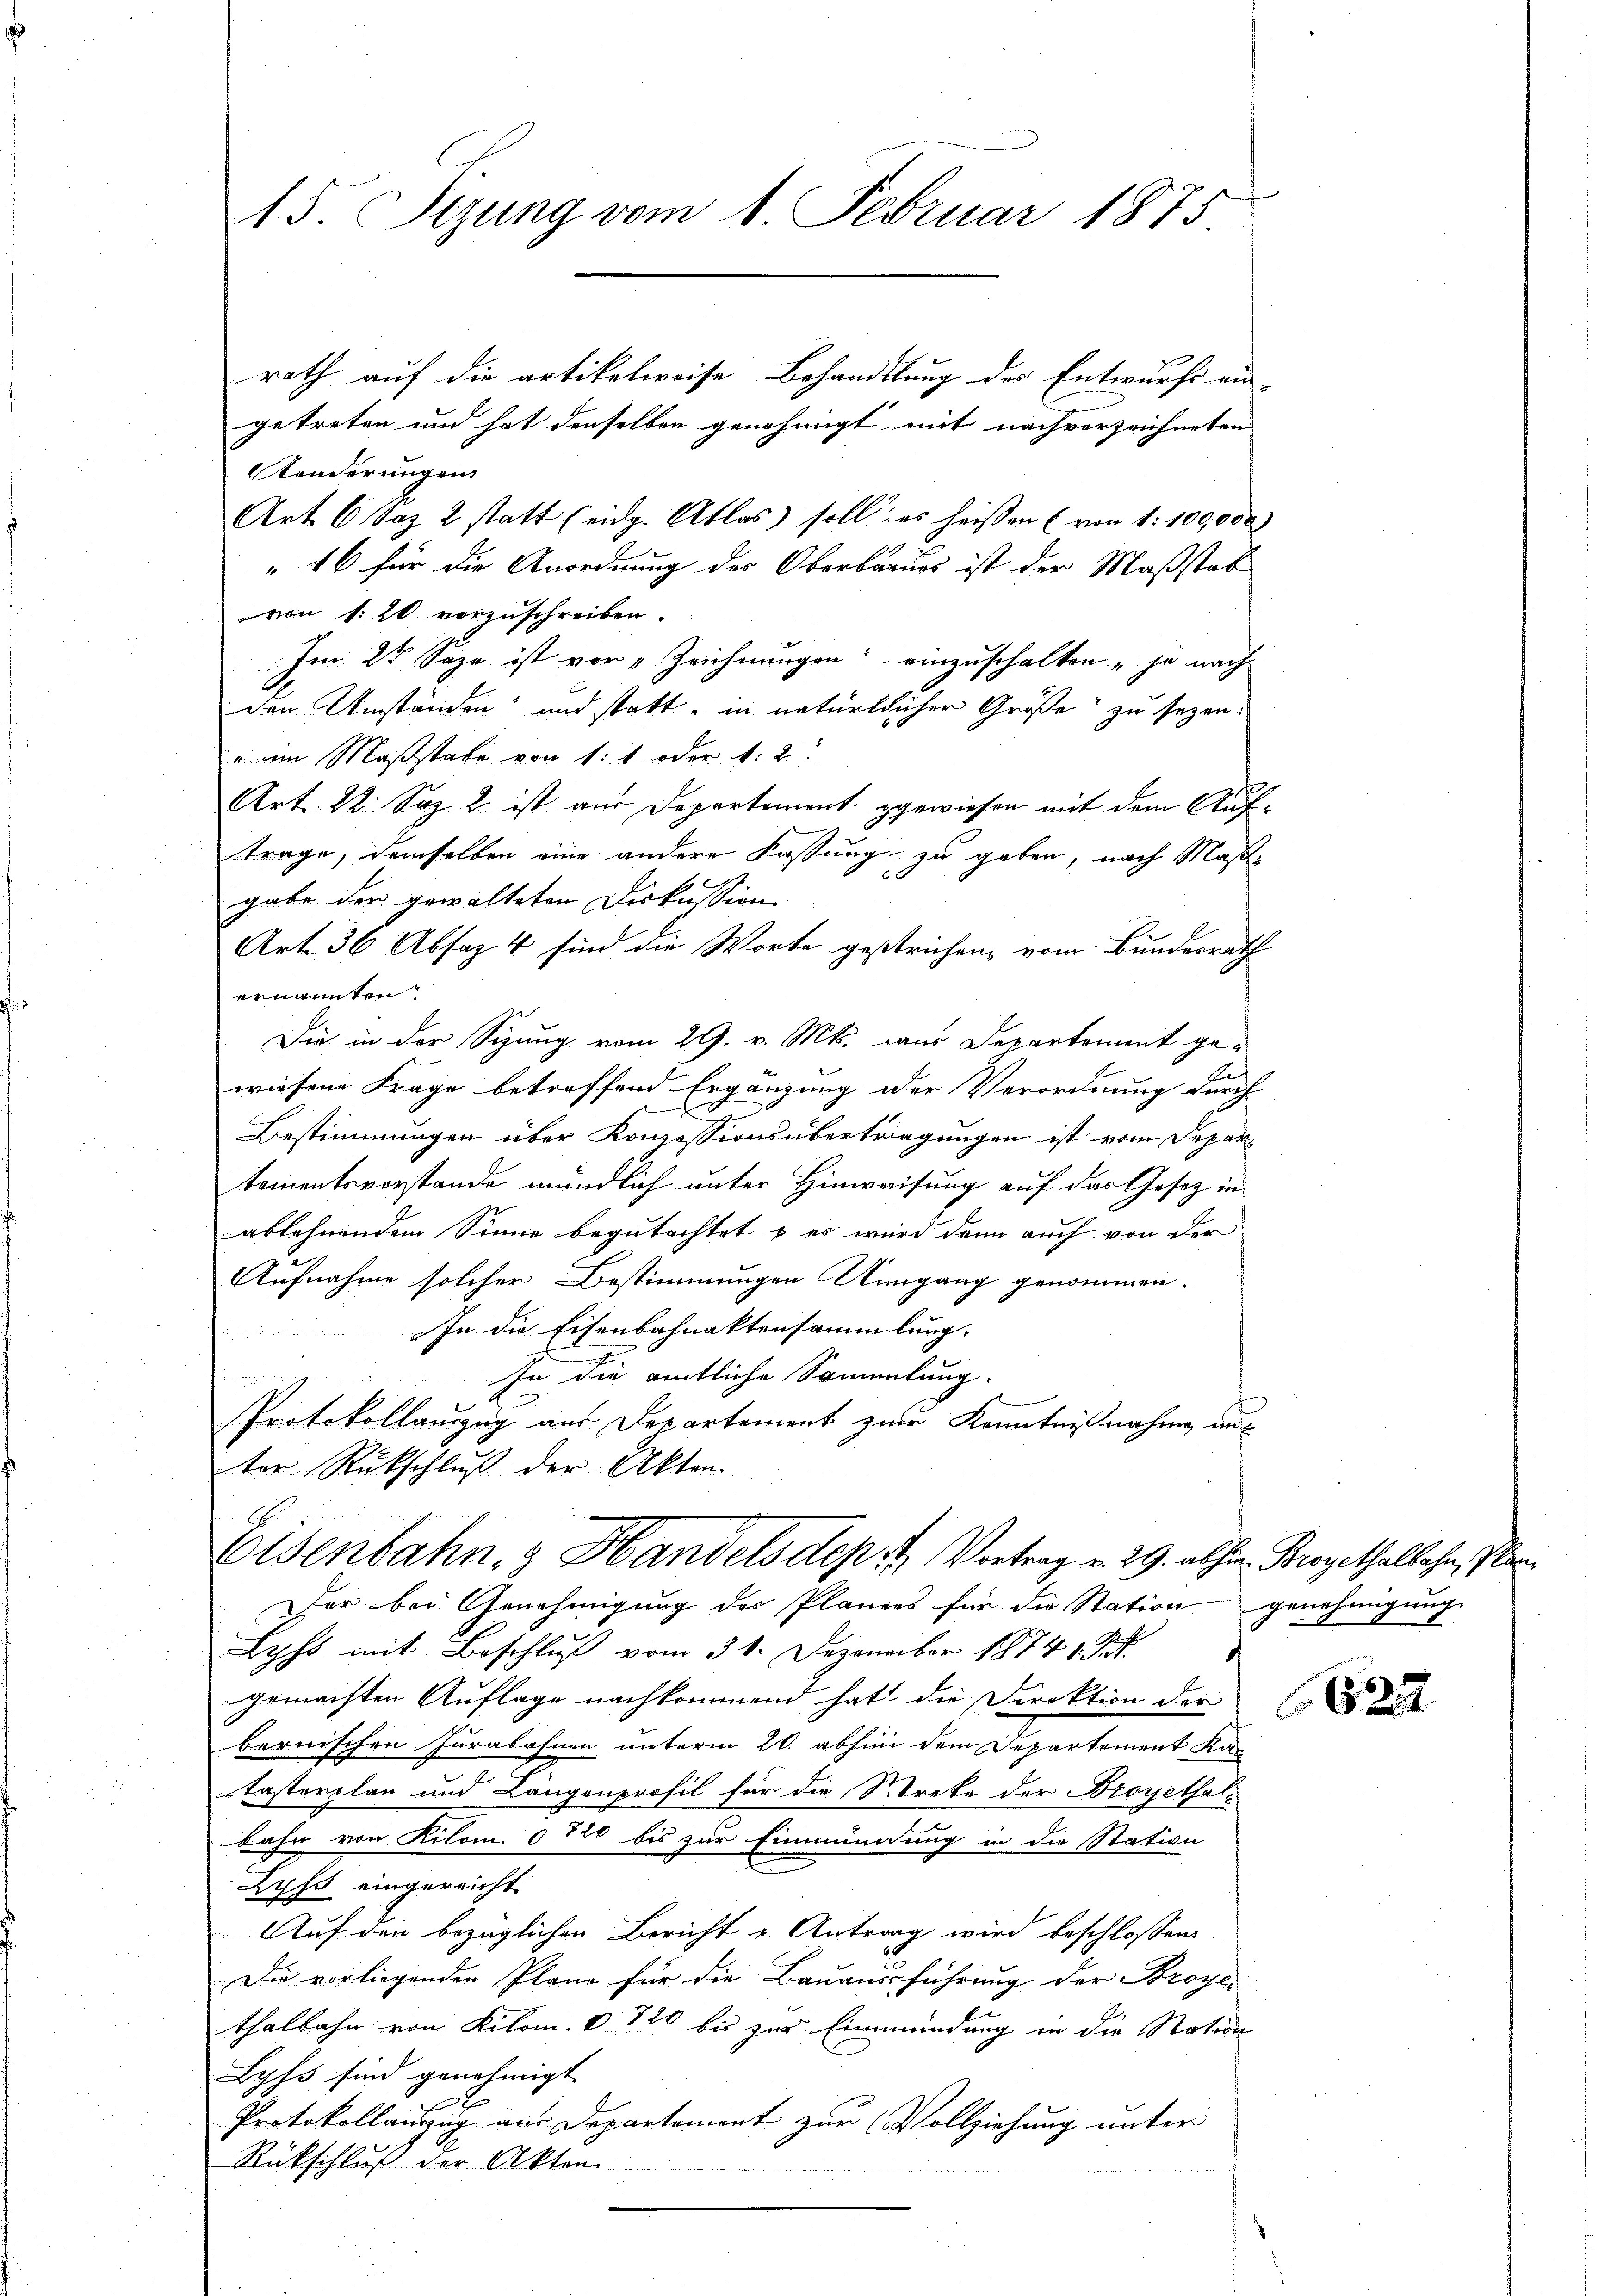
15. Sizung vom 1. Februar 1875.

rath auf die artikelweise Behandlung der Entwurfs ein
getreten und hat denselben genehmigt mit nachverzeichneten
Aenderungen
Art 6 Saz 2 statt (eidg. Atlas soll des heissen (von 1: 100,000.
" 16 für die Anordnung des Oberbaues ist der Maßstab
von 1. 20 vorzuschreiben.
Im 25 Sepe ist vor „Zeichnungen einzuschalten je nach
den Umständen und statt - in natürlicher Größe zu sezen.
" am Maßstabe von 1: 1 oder 1. 2.
Art. 22. Sep. 2. ist aus Departement gewiesen mit dem Auftrage, demselben eine andere Fassung zu geben, nach Maßgabe der gewalteten Diskussion
Art. 36 Absaz 4 sind die Worte gestrichen, vom Bundesrath
ernannten
Die in der Sizung vom 29. v. Mts. dans Departement gewiesene Frage betreffend Ergänzung der Verordnung durch
Bestimmungen über Konzessionsübertragungen ist vom Depar
tementsvorstande mündlich unter Hinweisung auf das Gesetz in
ablehnendem Sinne begutachtet & es wird denn auch von der
Aufnahme solcher Bestimmungen Umgang genommen.
In die Eisenbahnaktensammlung.
In die amtliche Sammlung.
u
Protokollauszug aus Departement zur Kenntnißnahme nu
ter Rückschluß der Akten.
E
Volsenbahn, & Handels depr Vortrag v. 29. abhin Brogathalbahn, Plan
er bei Genehmigung des Planers für die Station genehmigung
Lyphs mit Beschluß vom 31. Dezember 1874 1 Pf.
gemachten Auflage nachkommend hat, die Direktion der
bernischen Jurabahnen unterm 20. abhini dem Departement Kas
tasterplan und Längenprofil für die Strete der Broyethalbahn von Kilom. 0 720 bis zur Einmündung in die Station
Lyss eingereicht.
Auf den bezüglichen Bericht u Antrag wird beschlossen:
Die vorliegenden Pläne für die Bauausführung der Broyer
thalbahn von Kilom. 6 10 bis zur Einmündung in die Station
Lyss sind genehmigt
t
Protokollanzzug aus Departemont zur Vollziehung unter
Rückschluß der Akten.

6622